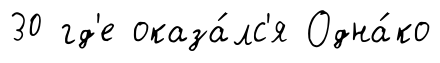
30 гд'е оказа́лс'я Одна́ко